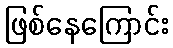
ဖြစ်နေကြောင်း